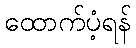
ထောက်ပံ့ရန်